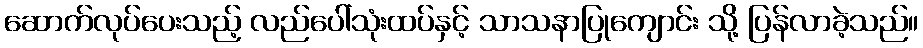
ဆောက်လုပ်ပေးသည့် လည်ပေါ်သုံးထပ်နှင့် သာသနာပြုကျောင်း သို့ ပြန်လာခဲ့သည်။